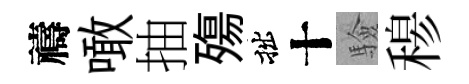
禱噉抽殤拙十驗𥠇